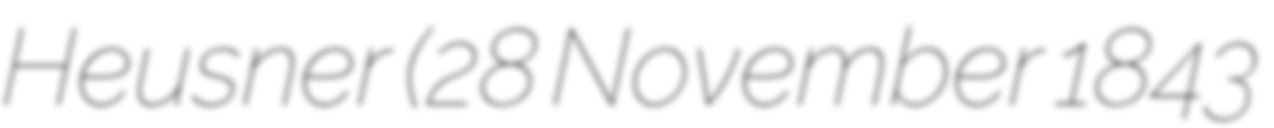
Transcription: Heusner (28 November 1843